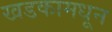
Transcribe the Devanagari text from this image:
खडकामधून